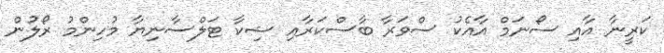
ކަރީނާ އާއި ސޯނަމް އާއެކު ސްވަރާ ބާސްކަރާއި ޝިކާ ޓަލްސާނިޔާ މުހިންމު ރޯލުން